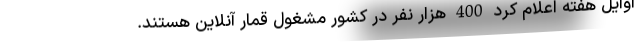
اوایل هفته اعلام کرد 400 هزار نفر در کشور مشغول قمار آنلاین هستند.